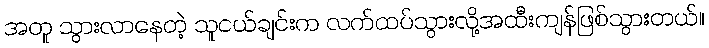
အတူ သွားလာနေတဲ့ သူငယ်ချင်းက လက်ထပ်သွားလို့အထီးကျန်ဖြစ်သွားတယ်။